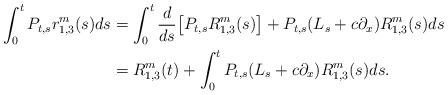
LaTeX: \begin{align*}\int_0^t P_{t,s}r^m_{1,3}(s)ds & = \int_0^t \frac{d}{ds} \big[ P_{t,s}R^m_{1,3}(s)\big] + P_{t,s}(L_s+c\partial_x)R^m_{1,3}(s) ds \\& = R^m_{1,3}(t) + \int_0^t P_{t,s}(L_s+c\partial_x )R^m_{1,3}(s) ds .\end{align*}